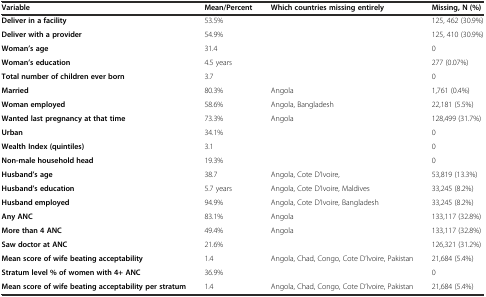
<table><thead><tr><td><b>Variable</b></td><td><b>Mean/Percent</b></td><td><b>Which countries missing entirely</b></td><td><b>Missing, N (%)</b></td></tr></thead><tbody><tr><td><b>Deliver in a facility</b></td><td>53.5%</td><td></td><td>125, 462 (30.9%)</td></tr><tr><td><b>Deliver with a provider</b></td><td>54.9%</td><td></td><td>125, 410 (30.9%)</td></tr><tr><td><b>Woman’s age</b></td><td>31.4</td><td></td><td>0</td></tr><tr><td><b>Woman’s education</b></td><td>4.5 years</td><td></td><td>277 (0.07%)</td></tr><tr><td><b>Total number of children ever born</b></td><td>3.7</td><td></td><td>0</td></tr><tr><td><b>Married</b></td><td>80.3%</td><td>Angola</td><td>1,761 (0.4%)</td></tr><tr><td><b>Woman employed</b></td><td>58.6%</td><td>Angola, Bangladesh</td><td>22,181 (5.5%)</td></tr><tr><td><b>Wanted last pregnancy at that time</b></td><td>73.3%</td><td>Angola</td><td>128,499 (31.7%)</td></tr><tr><td><b>Urban</b></td><td>34.1%</td><td></td><td>0</td></tr><tr><td><b>Wealth Index (quintiles)</b></td><td>3.1</td><td></td><td>0</td></tr><tr><td><b>Non-male household head</b></td><td>19.3%</td><td></td><td>0</td></tr><tr><td><b>Husband’s age</b></td><td>38.7</td><td>Angola, Cote D’Ivoire,</td><td>53,819 (13.3%)</td></tr><tr><td><b>Husband’s education</b></td><td>5.7 years</td><td>Angola, Cote D’Ivoire, Maldives</td><td>33,245 (8.2%)</td></tr><tr><td><b>Husband employed</b></td><td>94.9%</td><td>Angola, Cote D’Ivoire, Bangladesh</td><td>33,245 (8.2%)</td></tr><tr><td><b>Any ANC</b></td><td>83.1%</td><td>Angola</td><td>133,117 (32.8%)</td></tr><tr><td><b>More than 4 ANC</b></td><td>49.4%</td><td>Angola</td><td>133,117 (32.8%)</td></tr><tr><td><b>Saw doctor at ANC</b></td><td>21.6%</td><td></td><td>126,321 (31.2%)</td></tr><tr><td><b>Mean score of wife beating acceptability</b></td><td>1.4</td><td>Angola, Chad, Congo, Cote D’Ivoire, Pakistan</td><td>21,684 (5.4%)</td></tr><tr><td><b>Stratum level % of women with 4+ ANC</b></td><td>36.9%</td><td></td><td>0</td></tr><tr><td><b>Mean score of wife beating acceptability per stratum</b></td><td>1.4</td><td>Angola, Chad, Congo, Cote D’Ivoire, Pakistan</td><td>21,684 (5.4%)</td></tr></tbody></table>